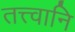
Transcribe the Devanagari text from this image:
तत्त्वानि